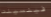
فينسينت